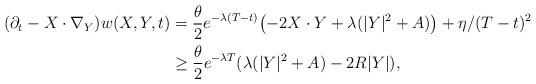
LaTeX: \begin{align*}(\partial_t-X\cdot\nabla_Y)w(X,Y,t)&=\frac\theta 2 e^{-\lambda (T-t)}\bigl (-2X\cdot Y+\lambda (|Y|^2+A)\bigr )+\eta/(T-t)^2\\&\geq \frac\theta 2 e^{-\lambda T}(\lambda (|Y|^2+A)-2R|Y|),\end{align*}